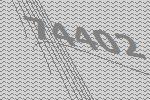
74402